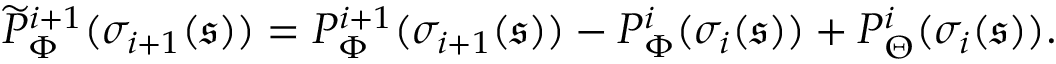
\begin{array} { r } { \widetilde { P } _ { \Phi } ^ { i + 1 } ( \sigma _ { i + 1 } ( \boldsymbol { \mathfrak { s } } ) ) = P _ { \Phi } ^ { i + 1 } ( \sigma _ { i + 1 } ( \boldsymbol { \mathfrak { s } } ) ) - P _ { \Phi } ^ { i } ( \sigma _ { i } ( \boldsymbol { \mathfrak { s } } ) ) + P _ { \Theta } ^ { i } ( \sigma _ { i } ( \boldsymbol { \mathfrak { s } } ) ) . } \end{array}